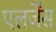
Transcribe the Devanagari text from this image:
एलर्जेंस